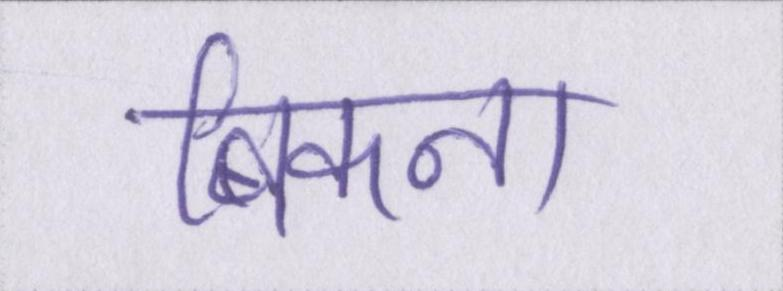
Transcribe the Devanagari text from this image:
बिकना